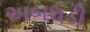
અબઘડી